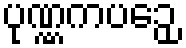
ပုဏ္ဏကပဉှေ